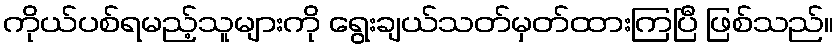
ကိုယ်ပစ်ရမည့်သူများကို ရွေးချယ်သတ်မှတ်ထားကြပြီ ဖြစ်သည်။